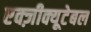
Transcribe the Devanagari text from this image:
एक्ज़ीक्यूटेबल